Sketch of the medical history of the native army of Bombay, for the year
Year: 1870
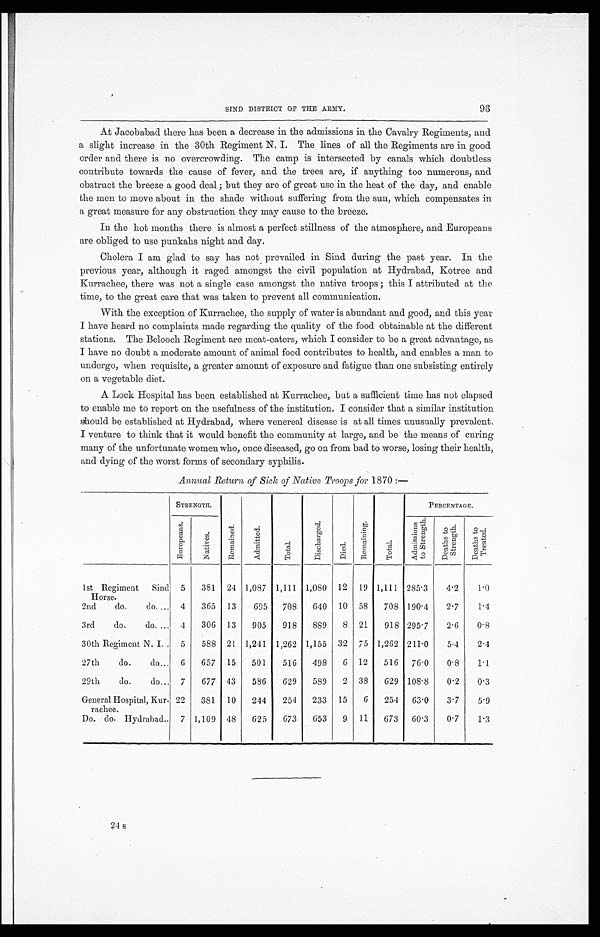
SIND DISTRICT OF THE ARMY.
93
At Jacobabad there has been a decrease in the admissions in the Cavalry Regiments, and
a slight increase in the 30th Regiment N. I. The lines of all the Regiments are in good
order and there is no overcrowding. The camp is intersected by canals which doubtless
contribute towards the cause of fever, and the trees are, if anything too numerous, and
obstruct the breeze a good deal; but they are of great use in the heat of the day, and enable
the men to move about in the shade without suffering from the sun, which compensates in
a great measure for any obstruction they may cause to the breeze.
In the hot months there is almost a perfect stillness of the atmosphere, and Europeans
are obliged to use punkahs night and day.
Cholera I am glad to say has not prevailed in Sind during the past year. In the
previous year, although it raged amongst the civil population at Hydrabad, Kotree and
Kurrachee, there was not a single case amongst the native troops; this I attributed at the
time, to the great care that was taken to prevent all communication.
With the exception of Kurrachee, the supply of water is abundant and good, and this year
I have heard no complaints made regarding the quality of the food obtainable at the different
stations. The Belooch Regiment are meat-eaters, which I consider to be a great advantage, as
I have no doubt a moderate amount of animal food contributes to health, and enables a man to
undergo, when requisite, a greater amount of exposure and fatigue than one subsisting entirely
on a vegetable diet.
A Lock Hospital has been established at Kurrachee, but a sufficient time has not elapsed
to enable me to report on the usefulness of the institution. I consider that a similar institution
should be established at Hydrabad, where venereal disease is at all times unusually prevalent.
I venture to think that it would benefit the community at large, and be the means of curing
many of the unfortunate women who, once diseased, go on from bad to worse, losing their health,
and dying of the worst forms of secondary syphilis.
Annual Return of Sick of Native Troops for 1870:—
S T R E N G T H .
R e ma i n e d .
Ad mi t t e d .
Tot al .
D i s c h a r g e d .
Di ed.
Re ma i n i n g .
Total
PERCENTAGE.
E u r o p e a n s .
Nat i ves.
Ad mi s s i o n s t o S t r e n g t h .
D e a t h s t o S t r e n g t h .
De a t h s t o Tr e a t e d .
1st Regiment Sind
Horse.
5
381 24 1,087 1,111 1,080 12 19 1,111 285.3
4.2
1.0
2nd do. do
4
365 13
695
708
640 10 58
708 190.4
2.7
1.4
3rd do. do
4
306 13
905
918
889
8 21
918 295.7
2.6
0.8
30th Regiment N. I
5
588 21 1,241 1,262 1,155 32 75 1,262 211.0
5.4
2.4
27th do. do
6
657 15
501
516
498
6 12
516 76.0
0.8
1.1
29th do. do
7
677 43
586
629
589
2 38
629 108.8
0.2
0.3
General Hospital, Kur-
rachee.
22
381 10
244
254
233 15
6
254 63.0
3.7
5.9
Do. do. Hydrabad
7 1,109 48
625
673
653
9 11
673 60.3
0.7
1.3
24 s